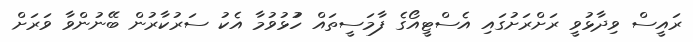
ރައީސް ވިދާޅުވީ ރަށްރަށުގައި އެސްޓީއޯގެ ފާމަސީތައް ހުުޅުވުމާ އެކު ސަރުކާރުން ބޭނުންވާ ވަރަށް